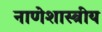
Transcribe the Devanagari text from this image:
नाणेशास्त्रीय